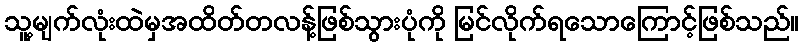
သူ့မျက်လုံးထဲမှအထိတ်တလန့်ဖြစ်သွားပုံကို မြင်လိုက်ရသောကြောင့်ဖြစ်သည်။